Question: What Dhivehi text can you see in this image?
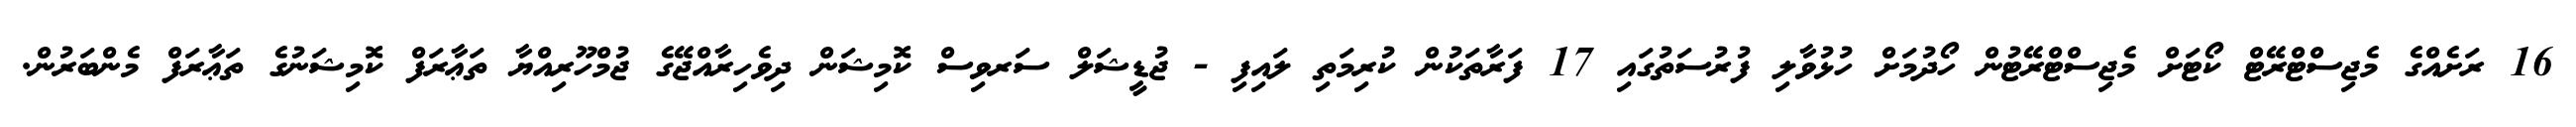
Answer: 16 ރަށެއްގެ މެޖިސްޓްރޭޓް ކޯޓަށް މެޖިސްޓްރޭޓުން ހޯދުމަށް ހުޅުވާލި ފުރުސަތުގައި 17 ފަރާތަކުން ކުރިމަތި ލައިފި - ޖުޑީޝަލް ސަރވިސް ކޮމިޝަން ދިވެހިރާއްޖޭގެ ޖުމްހޫރިއްޔާ ތަޢާރަފް ކޮމިޝަނުގެ ތަޢާރަފް މެންބަރުން.